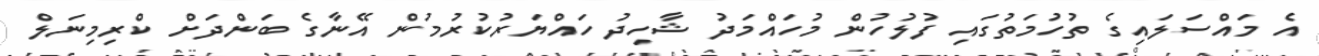
އެ މައްސަލައިގެ ތުހުމަތުގައި ފުލުހުން މުހައްމަދު ޝާހިދު ހައްޔަރުކުރުމުން އޭނާގެ ބަންދަށް ކްރިމިނަލް